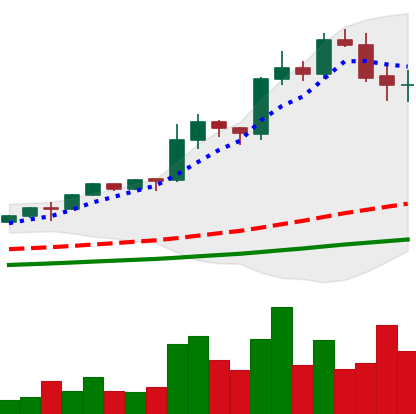
Ticker: LINK-USD
Chart end date: 2020-08-19
Forward return: -6.506%
Label: down_5_7